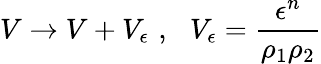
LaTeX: V\rightarrow V+V_{\epsilon}\, \, ,\, \, \, \, V_{\epsilon}=\frac{\epsilon^{n}}{\rho_{1}\rho_{2}}